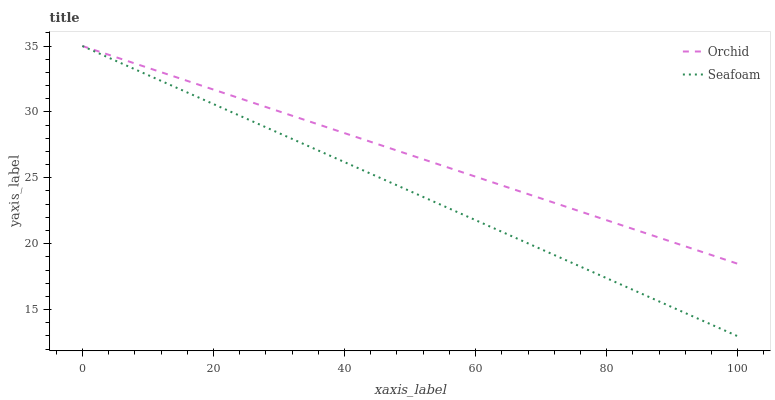
| xaxis_label | Orchid | Seafoam |
 | --- | --- | --- |
 | 0 | 35 | 35 |
 | 7.14 | 33.8 | 33.4 |
 | 14.3 | 32.6 | 31.9 |
 | 21.4 | 31.5 | 30.3 |
 | 28.6 | 30.3 | 28.7 |
 | 35.7 | 29.1 | 27.1 |
 | 42.9 | 27.9 | 25.6 |
 | 50 | 26.7 | 24 |
 | 57.1 | 25.6 | 22.4 |
 | 64.3 | 24.4 | 20.8 |
 | 71.4 | 23.2 | 19.3 |
 | 78.6 | 22 | 17.7 |
 | 85.7 | 20.8 | 16.1 |
 | 92.9 | 19.7 | 14.5 |
 | 100 | 18.5 | 13 |